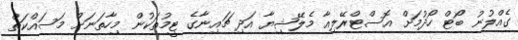
ގެއްލުނު ބޯޓް ހޯދުމަށް އޮސްޓްރޭލިއާ މެލޭޝިޔާ އަދި ޗައިނާގެ ޓީމުތަކުން މިހާތަނަށް މަސައްކަތް